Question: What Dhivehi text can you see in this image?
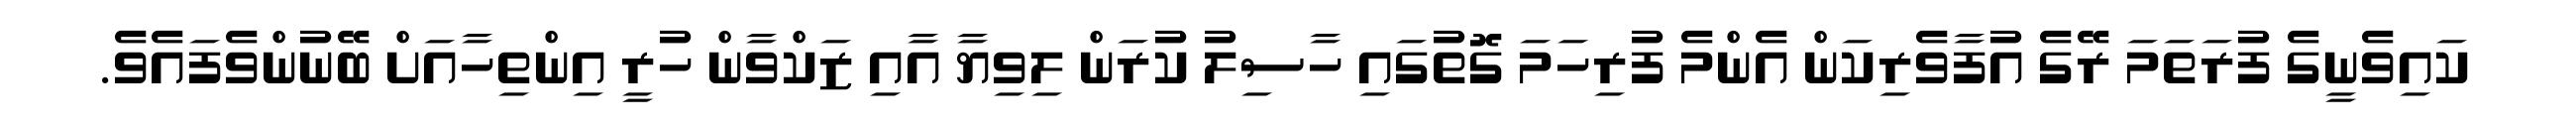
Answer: ކައިވެނީގެ ފުރަތަމަ ރޭގެ އުފާވެރިކަން އެންމެ ފުރިހަމަ ގޮތުގައި ހާސިލު ކުރަން ލިވިޔާ އާއި ޒަކްވާން ހުރީ އިންތިހާއަށް ބޭނުންވެފައެވެ.